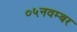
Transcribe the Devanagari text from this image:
०५नवम्बर